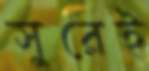
সুরেই